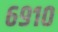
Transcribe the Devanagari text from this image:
६९१०